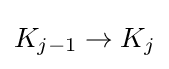
K_{j-1}\to K_{j}